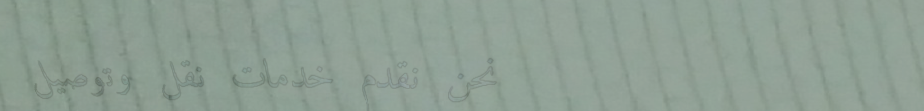
نحن نقدم خدمات نقل وتوصيل